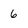
Character: 6